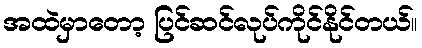
အထဲမှာတော့ ပြင်ဆင်လုပ်ကိုင်နိုင်တယ်။